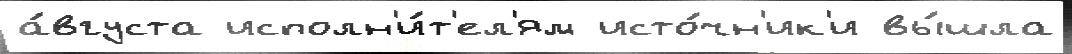
а́вгуста исполн'и́т'ел'ям исто́чн'ик'и вы́шла